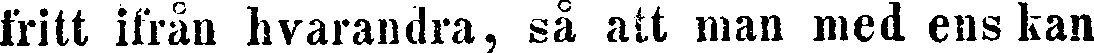
fritt ifrån hvarandra, så att man med ens kan